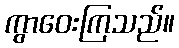
ကွာဝေးကြသည်။